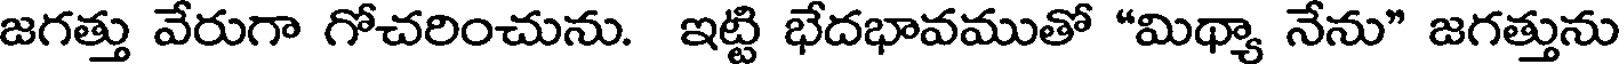
జగత్తు వేరుగా గోచరించును. ఇట్టి భేదభావముతో "మిథ్యా నేను" జగత్తును